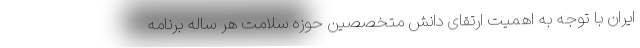
ایران با توجه به اهمیت ارتقای دانش متخصصین حوزه سلامت هر ساله برنامه